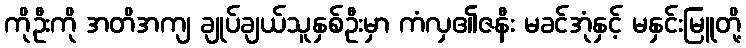
ကိုဦးကို အတိအကျ ချုပ်ချယ်သူနှစ်ဦးမှာ ကံလှ၏ဇနီး မခင်အုံနှင့် မနှင်းမြူတို့